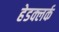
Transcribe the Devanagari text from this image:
हेडक्लर्क